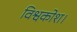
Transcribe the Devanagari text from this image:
विश्वकोश।